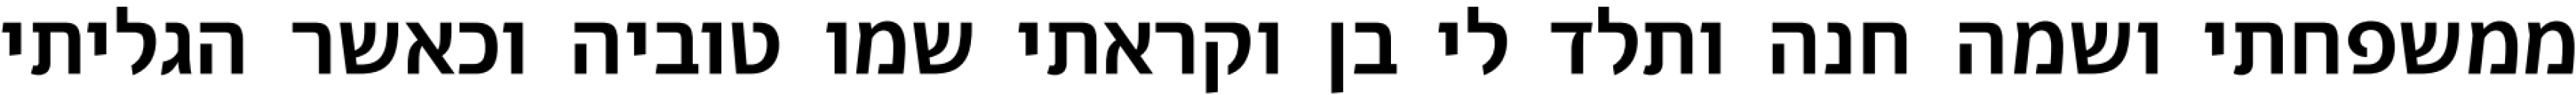
ממשפחתי ושמה חנה ותלד לי בן וקראתי שמו טוביה וכאשר הגליתי